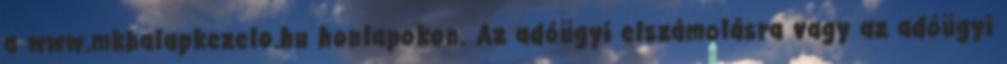
a www.mkbalapkezelo.hu honlapokon. Az adóügyi elszámolásra vagy az adóügyi